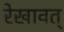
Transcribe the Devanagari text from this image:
रेखावत्‌